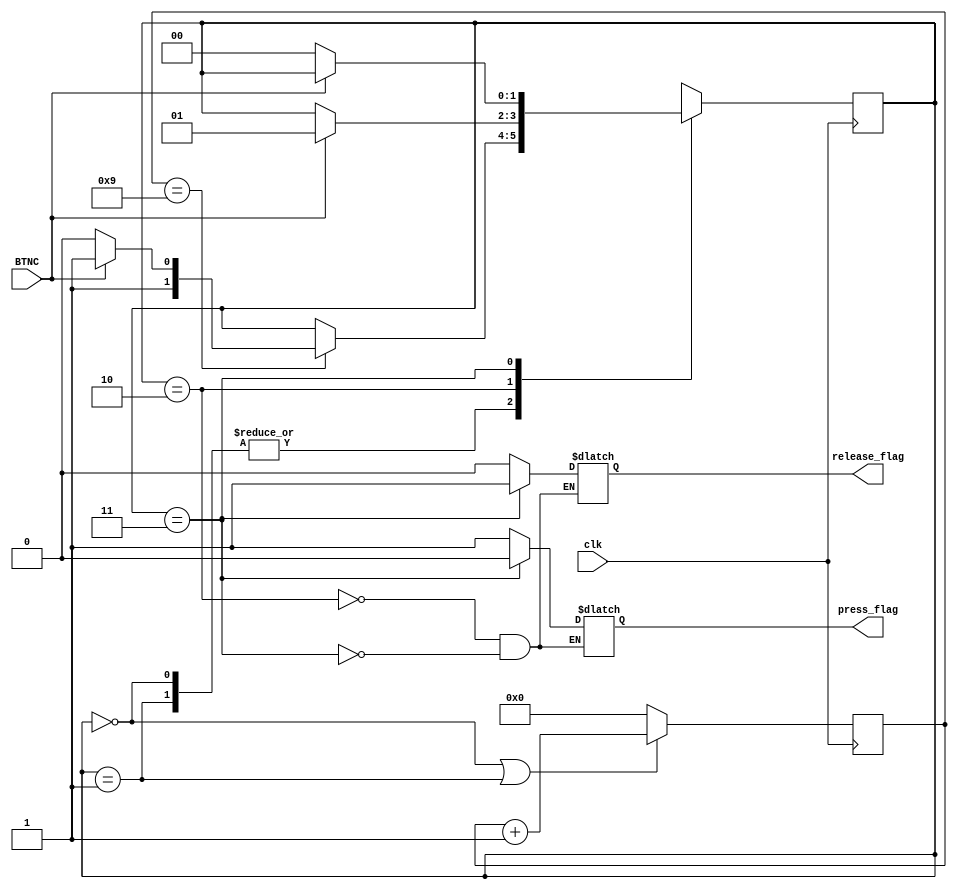
`timescale 1ns / 1ps

module ButtonDetection(
        input clk,
        input BTNC,
        output reg press_flag,
        output reg release_flag
    );

    // Button Detection and Debouncing
    // BTNC: 0 is pressed, 1 is released
    // 10ms debounce time
    
    // TEMP state is used to avoid bouncing
    localparam PRESS_TEMP   = 2'b00;
    localparam RELEASE_TEMP = 2'b01;
    localparam PRESS        = 2'b10;
    localparam RELEASE      = 2'b11;

    reg [1:0] state, next_state;
    reg [3:0] counter;  // Assume 1 cycle is 1ms

    initial begin
        state = RELEASE;
        counter = 0;
    end

    // state transition
    always @(posedge clk) begin
        state <= next_state;
    end

    // counter (only count when in TEMP state)
    always @(posedge clk) begin
        if (state == PRESS_TEMP || state == RELEASE_TEMP) begin
            counter <= counter + 1;
        end else begin
            counter <= 0;
        end
    end

    // next state logic
    always @(*) begin
        next_state = state;
        case (state)
            PRESS_TEMP: begin
                if (counter == 9) begin
                    if (BTNC == 1'b0)
                        next_state = PRESS;
                    else
                        next_state = RELEASE;
                end
            end
            RELEASE_TEMP: begin
                if (counter == 9) begin
                    if (BTNC == 1'b1)
                        next_state = RELEASE;
                    else
                        next_state = PRESS;
                end
            end
            PRESS: begin
                if (BTNC == 1'b1)
                    next_state = RELEASE_TEMP;
            end
            RELEASE: begin
                if (BTNC == 1'b0)
                    next_state = PRESS_TEMP;
            end
        endcase
    end

    // output logic
    always @(*) begin
        case (state)
            PRESS: begin
                press_flag = 1'b1;
                release_flag = 1'b0;
            end
            RELEASE: begin
                press_flag = 1'b0;
                release_flag = 1'b1;
            end
        endcase
    end

endmodule